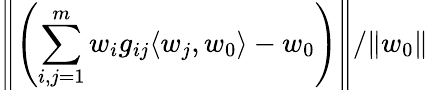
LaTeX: \left\| \left(\sum_{i,j=1}^{m}w_{i}g_{ij}\langle w_{j},w_{0}\rangle-w_{0}\right)\right\| /\| w_{0}\|